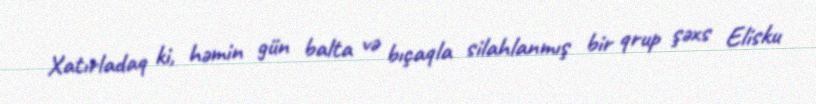
Xatırladaq ki, həmin gün balta və bıçaqla silahlanmış bir qrup şəxs Elisku